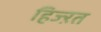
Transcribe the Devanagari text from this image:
हिज्ऱत